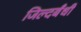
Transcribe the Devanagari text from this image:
जिल्दबँधी